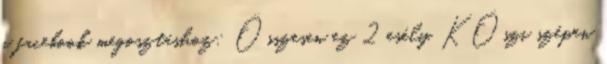
a facebook megosztáshoz: Összesen ez 2 esély. KÖszi szépen